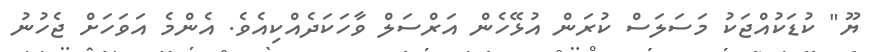
ޔޫ" ކުޑަކުއްޖަކު މަސަލަސް ކުރަން އުޅޭހެން އަރްސަލް ވާހަކަދެއްކިއެވެ. އެންމެ އަވަހަށް ޖެހުނު